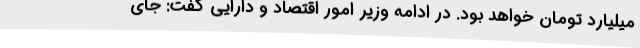
میلیارد تومان خواهد بود. در ادامه وزیر امور اقتصاد و دارایی گفت: جای